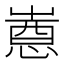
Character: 𫵯